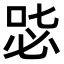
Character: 𠳢